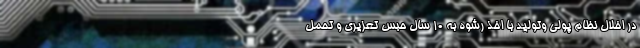
در اخلال نظام پولی وتولید با اخذ رشوه به ۱۰ سال حبس تعزیری و تحمل